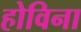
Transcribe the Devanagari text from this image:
होविना